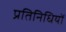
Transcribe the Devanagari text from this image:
प्रतिनिधियों